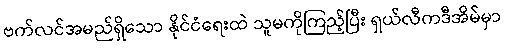
ဗက်လင်အမည်ရှိသော နိုင်ငံရေးထဲ သူမကိုကြည့်ပြီး ရှယ်လီကဒီအိမ်မှာ